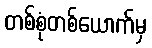
တစ်စုံတစ်ယောက်မှ